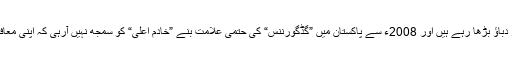
پیر سیالوی صاحب مگر شہباز شریف پر دباﺅ بڑھا رہے ہیں اور 2008ء سے پاکستان میں ”گڈگورننس“ کی حتمی علامت بنے ”خادم اعلیٰ“ کو سمجھ نہیں آرہی کہ اپنی معافی تلافی کےلئے کونسی راہ اختیار کریں۔